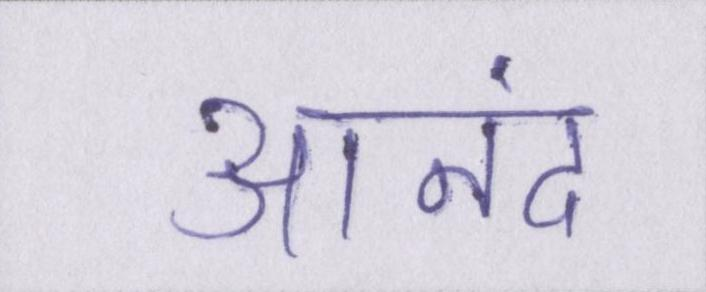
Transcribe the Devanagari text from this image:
आनंद